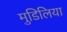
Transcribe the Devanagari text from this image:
मुडिलिया